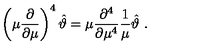
\left( \mu \frac { \partial } { \partial \mu } \right) ^ { 4 } \hat { \vartheta } = \mu \frac { \partial ^ { 4 } } { \partial \mu ^ { 4 } } \frac { 1 } { \mu } \hat { \vartheta } \ .